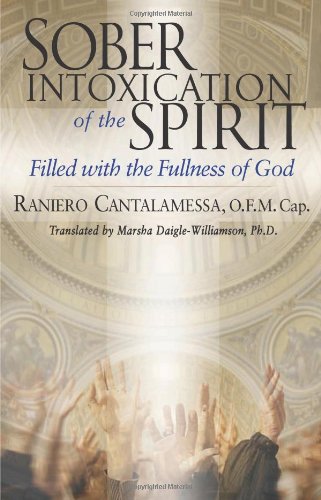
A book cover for Sober Intoxication of the Spirit: Filled With the Fullness of God; Raniero Cantalamessa O.F.M. Cap.; Christian Books & Bibles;